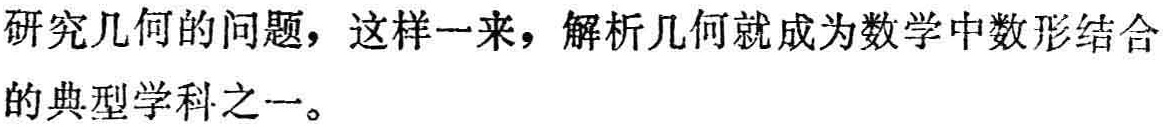
研究几何的问题，这样一来，解析几何就成为数学中数形结合的典型学科之一。